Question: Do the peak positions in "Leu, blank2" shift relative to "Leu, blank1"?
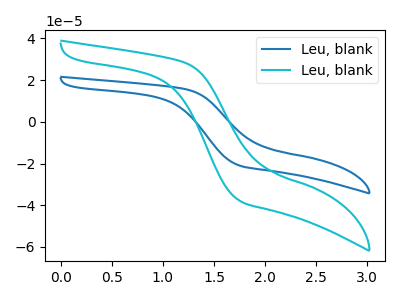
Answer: <think>The blue curve "Leu, blank1" has no peaks. The cyan curve "Leu, blank2" has no peaks.
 Neither "Leu, blank2" or "Leu, blank1" have any peaks.</think>
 <answer>No, "Leu, blank2" and "Leu, blank1" don't appear to be significantly different in shape</answer>
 <eval>no_change</eval>